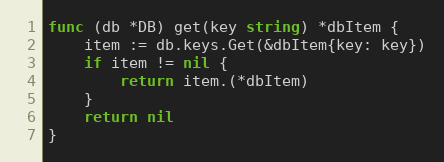
Language: Go
func (db *DB) get(key string) *dbItem {
	item := db.keys.Get(&dbItem{key: key})
	if item != nil {
		return item.(*dbItem)
	}
	return nil
}